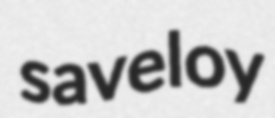
saveloy